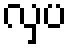
လှပ